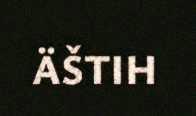
ÄŠTIH